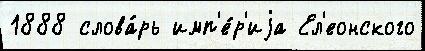
1888 слова́рь имп'е́р'иjа Ел'еонского